Riigikantselei, lk 5
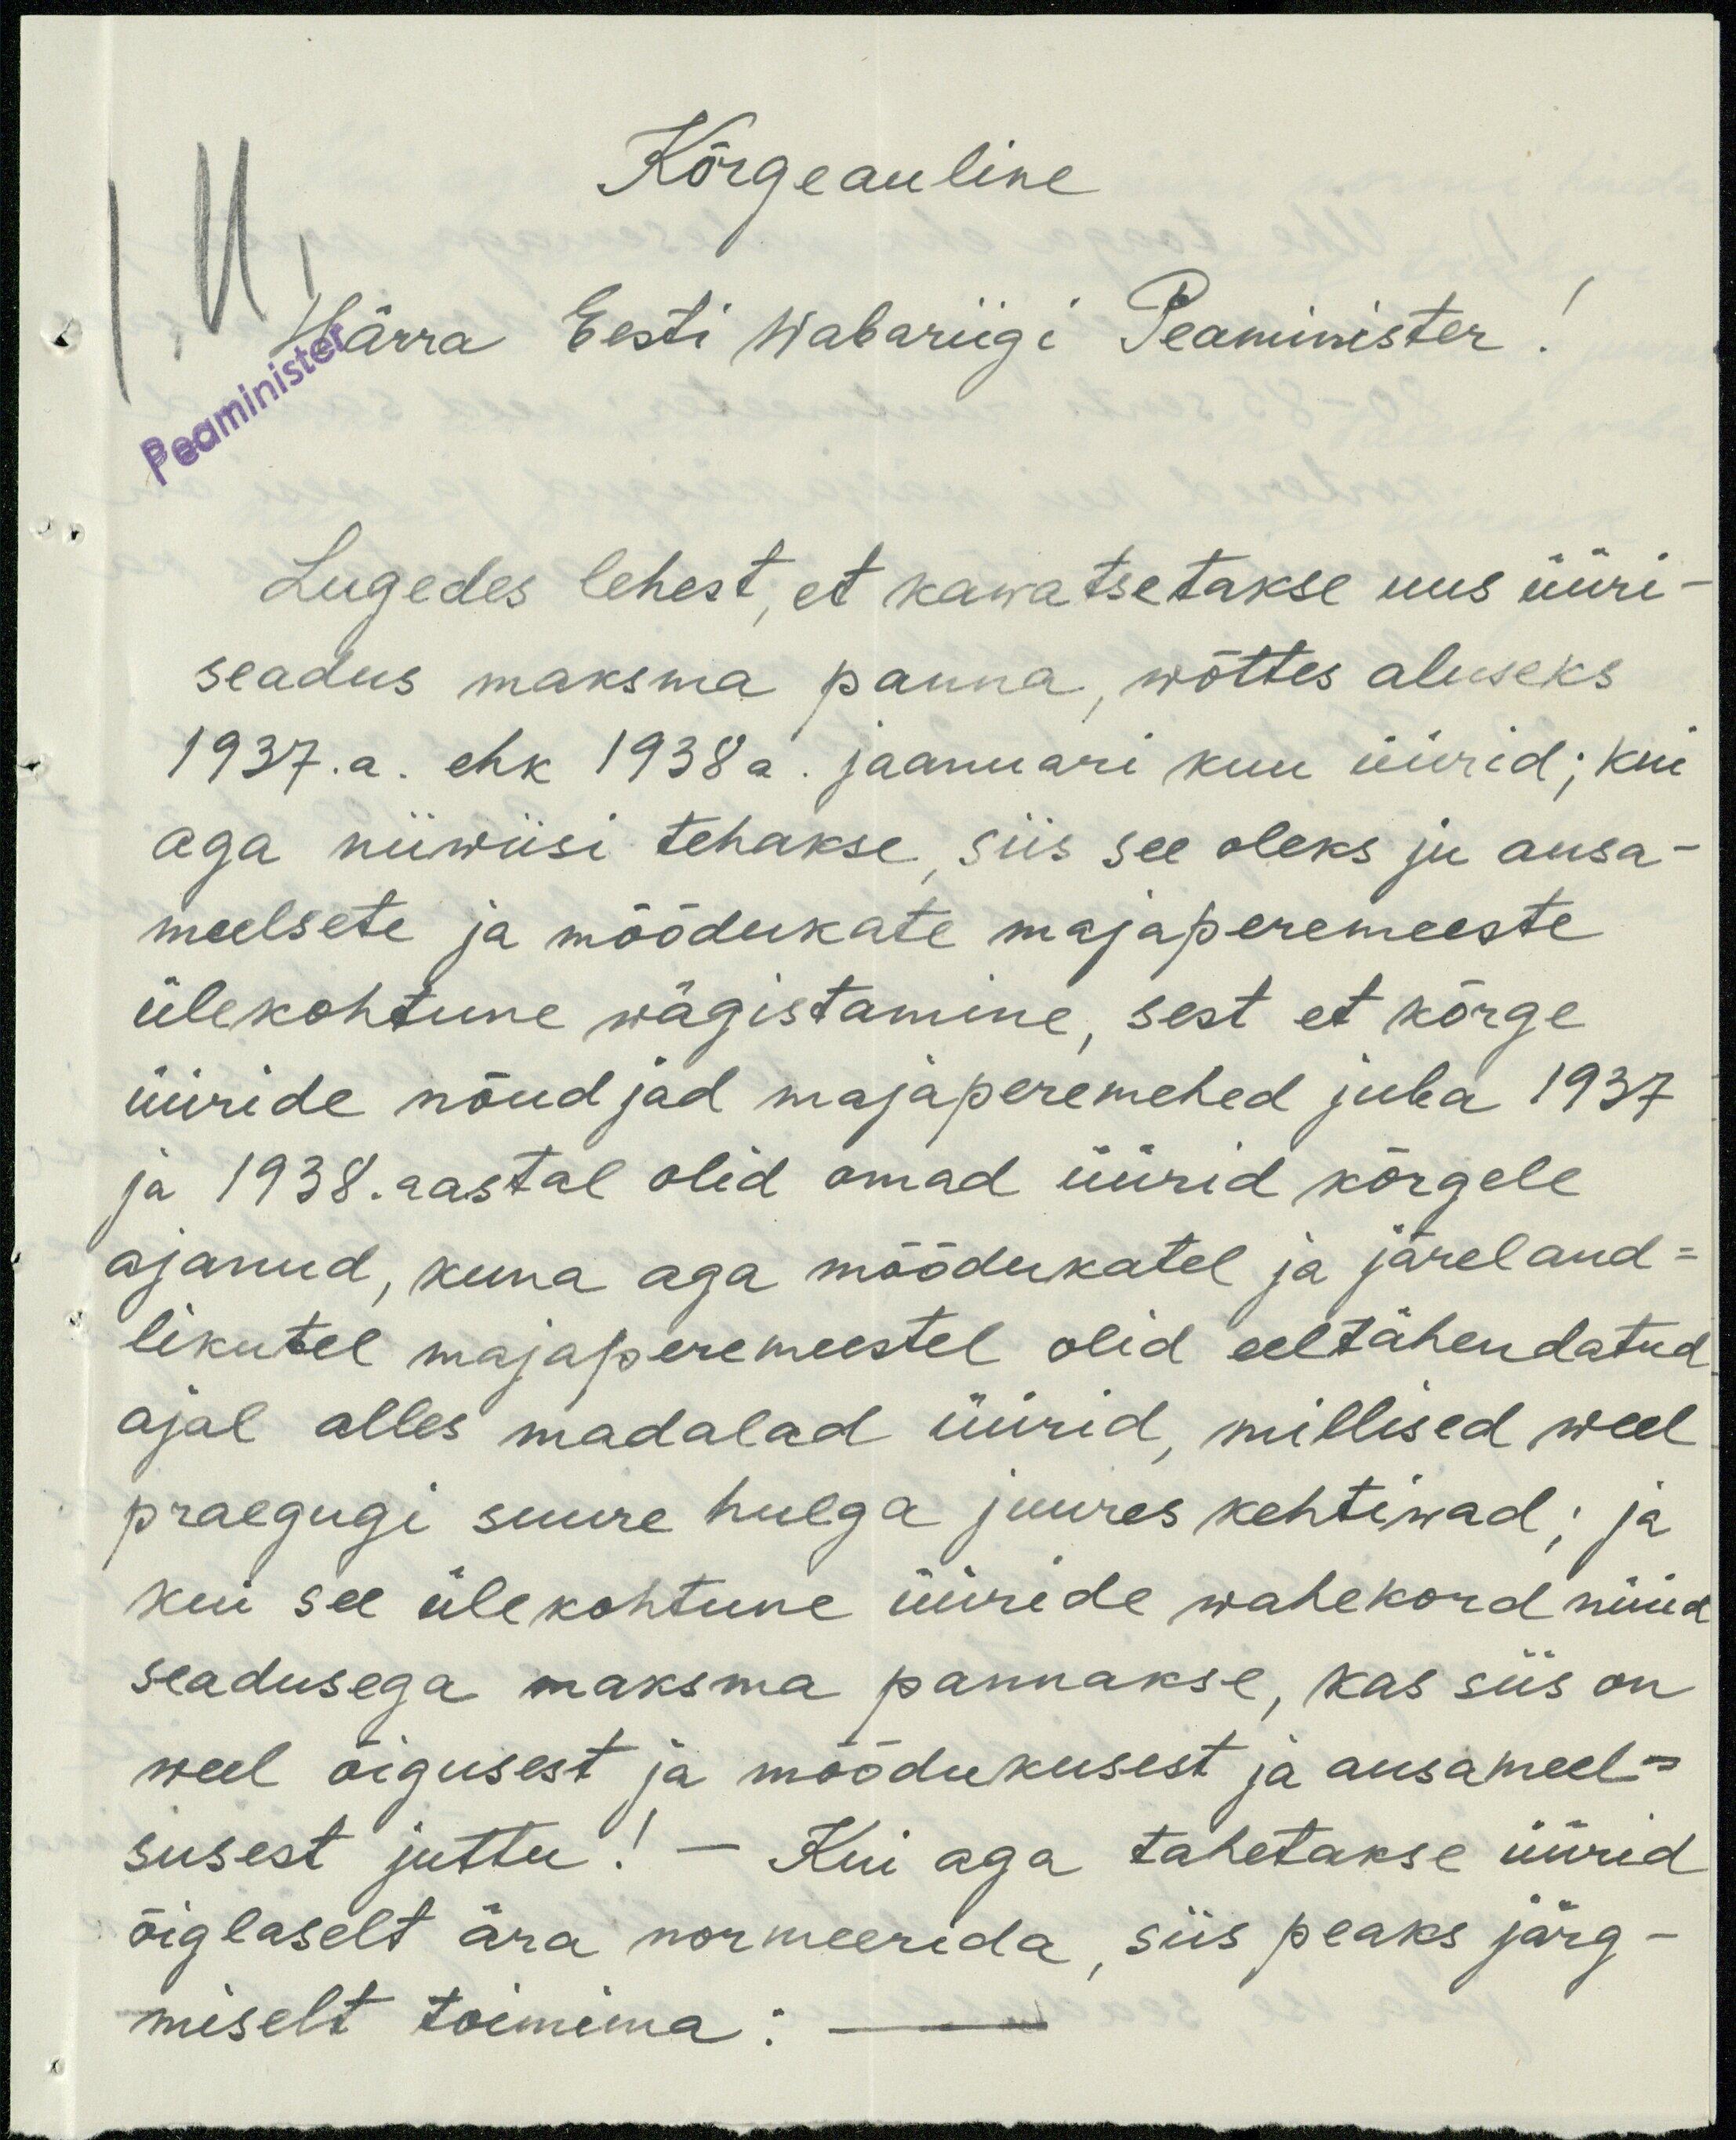
Kõrgeauline
Härra Eesti Wabariigi Peaminister !
Lugedes lehest, et kawatsetakse uus üüri-
seadus maksma panna, wõttes aluseks
1937.a. ehk 1938 a. jaanuari kuu üürid; kui
aga niiwiisi tehakse, siis see oleks ju ausa-
meelsete ja möödukate majaperemeeste
ülekohtune wägistamine, sest et kõrge
üüride nõudjad majaperemehed juba 1937
ja 1938. aastal olid omad üürid kõrgele
ajanud, kuna aga mõõdukatel ja järeland-
likutel majaperemeestel olid eeltähendatud
ajal alles madalad üürid, millised weel
praegugi suure hulga juures kehtiwad; ja
kui see ülekohtune üürede wahekord nüüd
seadusega maksma pannakse, kas siis on
veel õigusest ja mõõdukusest ja ausameel-
susest juttu! - Kui aga tahetakse üürid
õiglaselt ära normeerida, siis peaks järg-
miselt toimima: